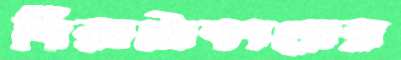
বিরাটাকারের